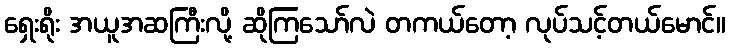
ရှေးရိုး အယူအဆကြီးလို့ ဆိုကြသော်လဲ တကယ်တော့ လုပ်သင့်တယ်မောင်။